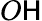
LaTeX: O\mathsf{H}